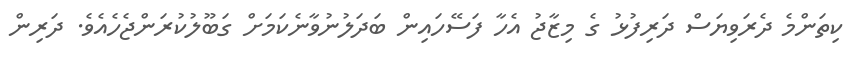
ކިތަންމެ ދެރަވިޔަސް ދަރިފުޅު ގެ މިޒާޖު އެހާ ފަސޭހައިން ބަދަލުނުވާނެކަމަށް ގަބޫލުކުރަންޖެހެއެވެ. ދަރިން